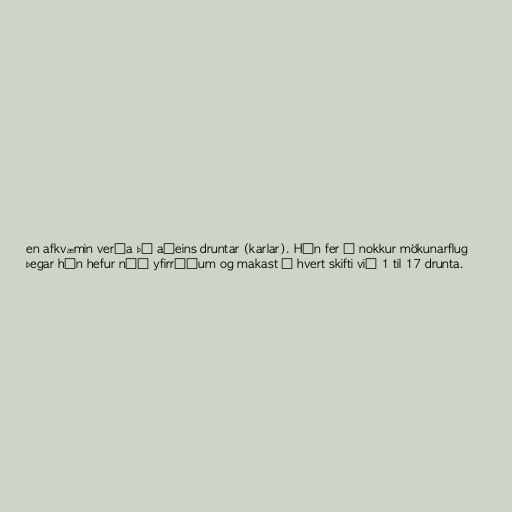
en afkvæmin verða þá aðeins druntar (karlar). Hún fer í nokkur mökunarflug
þegar hún hefur náð yfirráðum og makast í hvert skifti við 1 til 17 drunta.